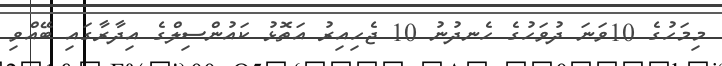
މިމަހުގެ 10ވަނަ ދުވަހުގެ ހެނދުނު 10 ޖެހިއިރު އަތޮޅު ކައުންސިލްގެ އިދާރާގައި ބޭއްވި